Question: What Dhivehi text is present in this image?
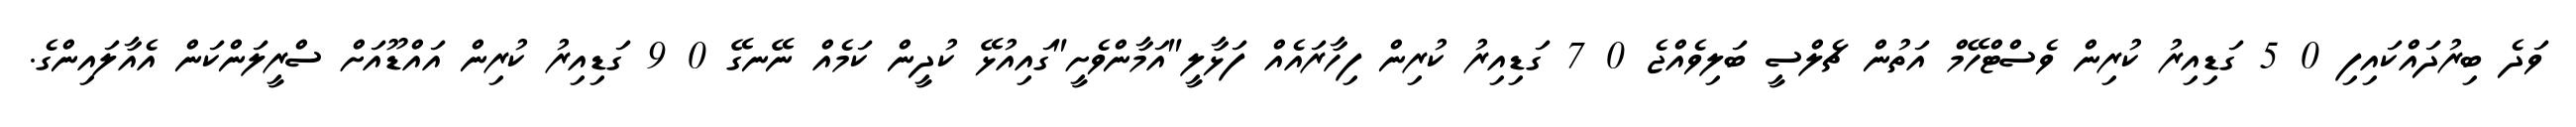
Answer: ވަދެ ބިރުދައްކައިފި 0 5 ގަޑިއިރު ކުރިން ވެސްޓްހޭމް އަތުން ޗެލްސީ ބަލިވެއްޖެ 0 7 ގަޑިއިރު ކުރިން ފިހާރައެއް ފަޅާލީ"އަމާންވެށީ"ގައިއުޅޭ ކުދީން ކަމެއް ނޭނގޭ 0 9 ގަޑިއިރު ކުރިން އައްޑޫއަށް ސްރީލަންކަން އެއާލައިންގެ.